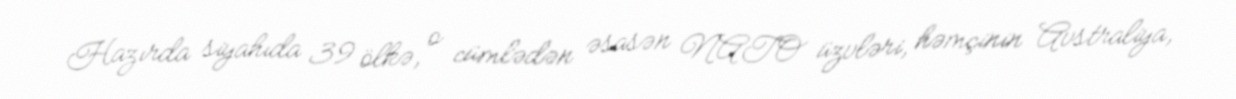
Hazırda siyahıda 39 ölkə, o cümlədən əsasən NATO üzvləri, həmçinin Avstraliya,